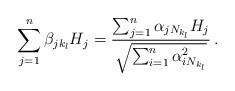
LaTeX: \begin{align*} \sum_{j=1}^n\beta_{jk_l}H_j=\frac{\sum_{j=1}^n\alpha_{jN_{k_l}}H_j}{\sqrt{\sum_{i=1}^n\alpha_{iN_{k_l}}^2}}\,.\end{align*}